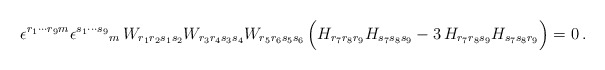
\begin{align*}\epsilon^{r_1\cdots r_9m} \epsilon^{s_1\cdots s_9}{}_m\,W_{r_1r_2s_1s_2} W_{r_3r_4s_3s_4} W_{r_5r_6s_5s_6} \,\Big( H_{r_7r_8r_9} H_{s_7s_8s_9} -3\,H_{r_7r_8s_9}H_{s_7s_8r_9}\Big)=0\, .\end{align*}